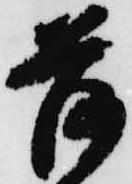
荷